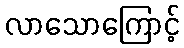
လာသောကြောင့်